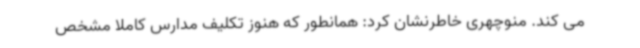
می کند. منوچهری خاطرنشان کرد: همانطور که هنوز تکلیف مدارس کاملا مشخص